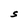
Character: S